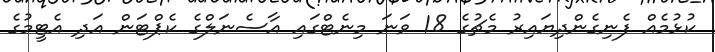
ކުޅުމެއް ފެނިގެންދިޔައިރު މެޗުގެ 18 ވަނަ މިނެޓްގައި އާސެނަލްގެ ކެޕްޓަން އަދި އެޓީމުގެ